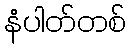
နံပါတ်တစ်